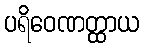
ပရိဝေဏတ္ထာယ